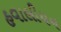
હવાલીયન